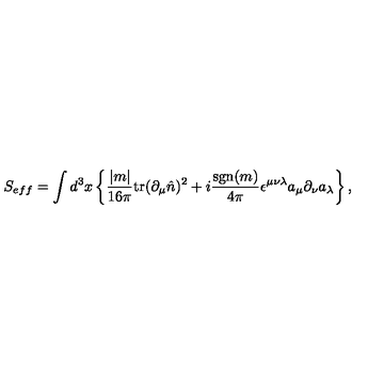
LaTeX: S _ { e f f } = \int d ^ { 3 } x \left\{ \frac { | m | } { 1 6 \pi } \mathrm { t r } ( \partial _ { \mu } \hat { n } ) ^ { 2 } + i \frac { \mathrm { s g n } ( m ) } { 4 \pi } \epsilon ^ { \mu \nu \lambda } a _ { \mu } \partial _ { \nu } a _ { \lambda } \right\} ,